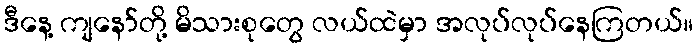
ဒီနေ့ ကျနော်တို့ မိသားစုတွေ လယ်ထဲမှာ အလုပ်လုပ်နေကြတယ်။